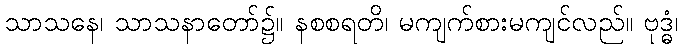
သာသနေ၊ သာသနာတော်၌။ နစစရတိ၊ မကျက်စားမကျင်လည်။ ဗုဒ္ဓံ၊